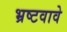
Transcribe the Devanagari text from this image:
भ्रष्टवावे